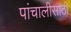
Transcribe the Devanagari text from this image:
पांचालीसाठी